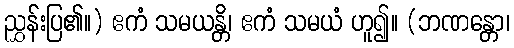
ညွှန်းပြ၏။) ဧကံ သမယန္တိ၊ ဧကံ သမယံ ဟူ၍။ (ဘဏန္တော၊